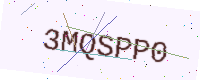
Text: 3MQSPP0